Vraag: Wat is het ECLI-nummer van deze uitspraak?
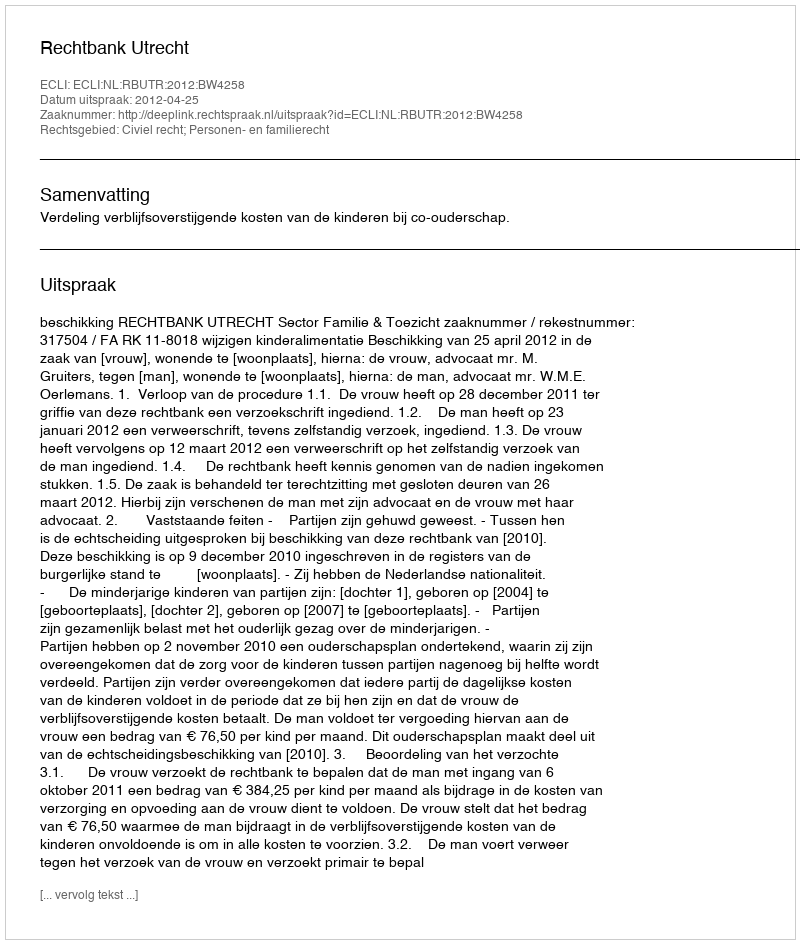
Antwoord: ECLI:NL:RBUTR:2012:BW4258